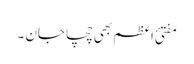
مفتئ اعظم بھی چچا جان ۔